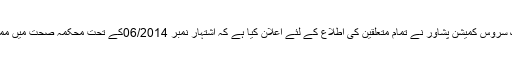
2015ء)خیبر پختونخوا پبلک سروس کمیشن پشاور نے تمام متعلقین کی اطلاع کے لئے اعلان کیا ہے کہ اشتہار نمبر 06/2014کے تحت محکمہ صحت میں ممبر آ ف سروسز (بی پی ایس ۔